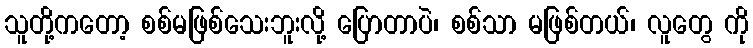
သူတို့ကတော့ စစ်မဖြစ်သေးဘူးလို့ ပြောတာပဲ၊ စစ်သာ မဖြစ်တယ်၊ လူတွေ ကို